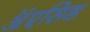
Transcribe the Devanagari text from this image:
ॲएसिड